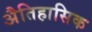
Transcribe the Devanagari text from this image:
अैतिहासिक